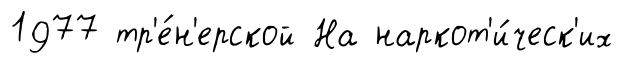
1977 тр'е́н'ерской На наркот'и́ческ'их